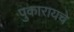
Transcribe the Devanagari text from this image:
पुकारायचे